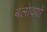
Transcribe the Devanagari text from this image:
बलोदयों